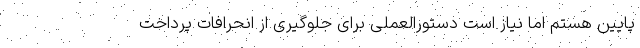
پایین هستم اما نیاز است دستورالعملی برای جلوگیری از انحرافات پرداخت